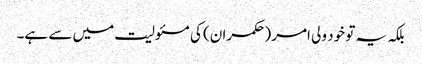
بلکہ یہ تو خود ولی امر (حکمران) کی مسئولیت میں سے ہے۔